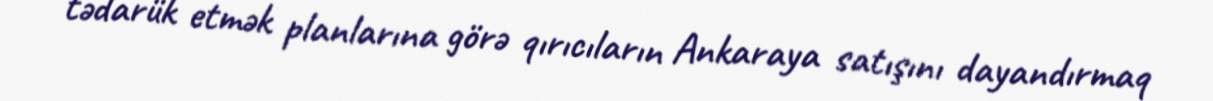
tədarük etmək planlarına görə qırıcıların Ankaraya satışını dayandırmaq